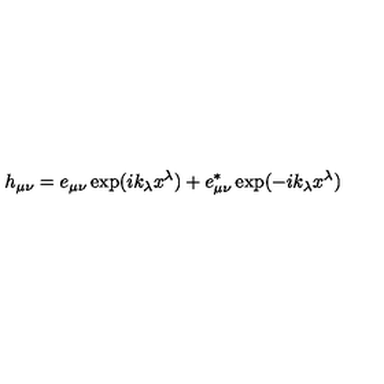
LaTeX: h _ { \mu \nu } = e _ { \mu \nu } \exp ( i k _ { \lambda } x ^ { \lambda } ) + e _ { \mu \nu } ^ { * } \exp ( - i k _ { \lambda } x ^ { \lambda } )